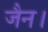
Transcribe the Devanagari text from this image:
जैन।